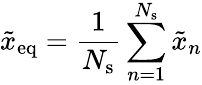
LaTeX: \tilde{x}_{\mathrm{eq}}=\frac{1}{N_{\mathrm{s}}}\sum_{n=1}^{N_{\mathrm{s}}}\tilde{x}_{n}